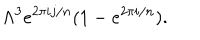
\Lambda ^ { 3 } e ^ { 2 \pi i j / n } ( 1 - e ^ { 2 \pi i / n } ) .